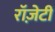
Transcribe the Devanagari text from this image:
रॉज़ेटी